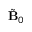
\tilde { \mathbf { B } } _ { 0 }